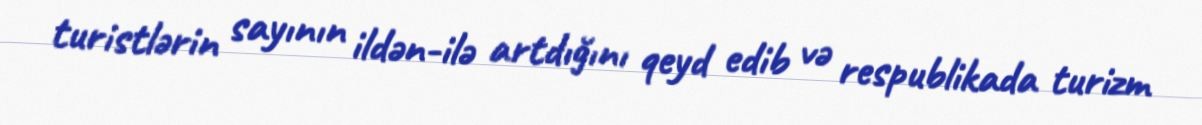
turistlərin sayının ildən-ilə artdığını qeyd edib və respublikada turizm